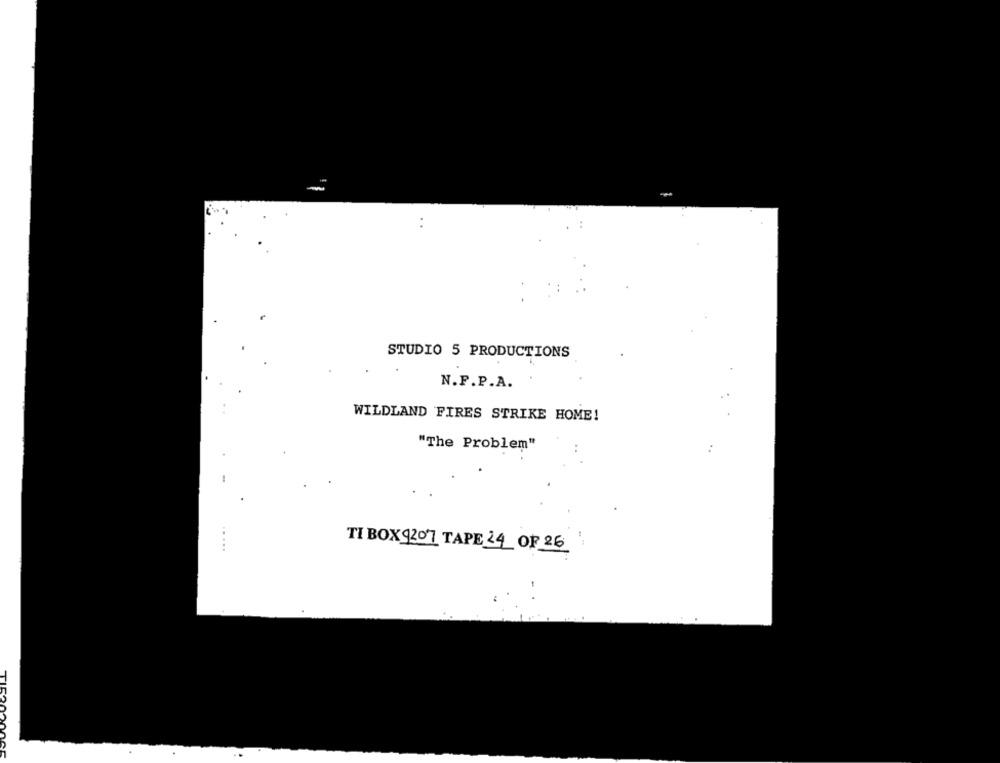
..
STUDIO 5 PRODUCTIONS
N.F.P.A.
WILDLAND FIRES STRIKE HOME!
"The Problem"
TI BOX 4207 TAPE 24 OF 26